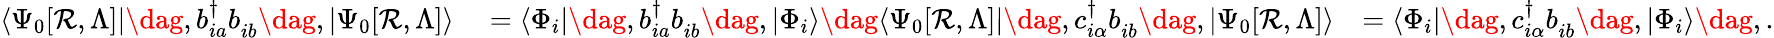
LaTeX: \begin{array}{rlr}{\langle\Psi_{0}[\mathcal{R},\Lambda]|\dag,b_{ia}^{\dagger}b_{ib}^{\phantom{\dagger}}\dag,|\Psi_{0}[\mathcal{R},\Lambda]\rangle}&{{}=\langle\Phi_{i}|\dag,b_{ia}^{\dagger}b_{ib}^{\phantom{\dagger}}\dag,|\Phi_{i}\rangle\dag\langle\Psi_{0}[\mathcal{R},\Lambda]|\dag,c_{i\alpha}^{\dagger}b_{ib}^{\phantom{\dagger}}\dag,|\Psi_{0}[\mathcal{R},\Lambda]\rangle}&{=\langle\Phi_{i}|\dag,c_{i\alpha}^{\dagger}b_{ib}^{\phantom{\dagger}}\dag,|\Phi_{i}\rangle\dag,.}\end{array}